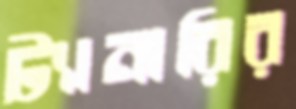
ট্যানারির